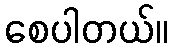
စေပါတယ်။